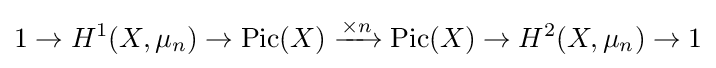
1\to H^{1}(X,\mu _{n})\to \operatorname {Pic} (X)\xrightarrow {\times n} \operatorname {Pic} (X)\to H^{2}(X,\mu _{n})\to 1